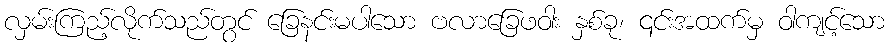
လှမ်းကြည့်လိုက်သည်တွင် ခြေနင်းမပါသော ဗလာခြေဖဝါး နှစ်ခု၊ ၎င်းအထက်မှ ဝါကျင့်သော